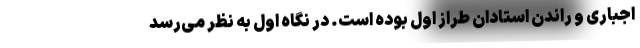
اجباری و راندن استادان طراز اول بوده است. در نگاه اول به نظر می‌رسد